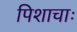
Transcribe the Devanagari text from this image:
पिशाचाः